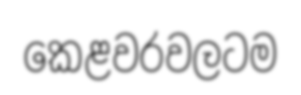
කෙළවරවලටම